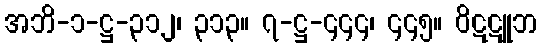
အဘိ-၁-ဋ္ဌ-၃၁၂၊ ၃၁၃။ ၇-ဋ္ဌ-၄၄၄၊ ၄၄၅။ ဝိဋဋူဘ